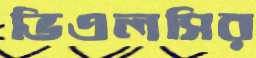
ভিএলসির